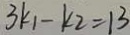
3 k _ { 1 } - k _ { 2 } = 1 3